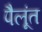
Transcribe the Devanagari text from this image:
पैलूंत